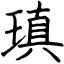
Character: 瑱